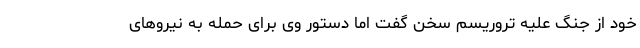
خود از جنگ علیه تروریسم سخن گفت اما دستور وی برای حمله به نیروهای